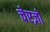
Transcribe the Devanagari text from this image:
चेएज़ों